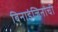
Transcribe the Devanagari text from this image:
बिनाइंजिनांची